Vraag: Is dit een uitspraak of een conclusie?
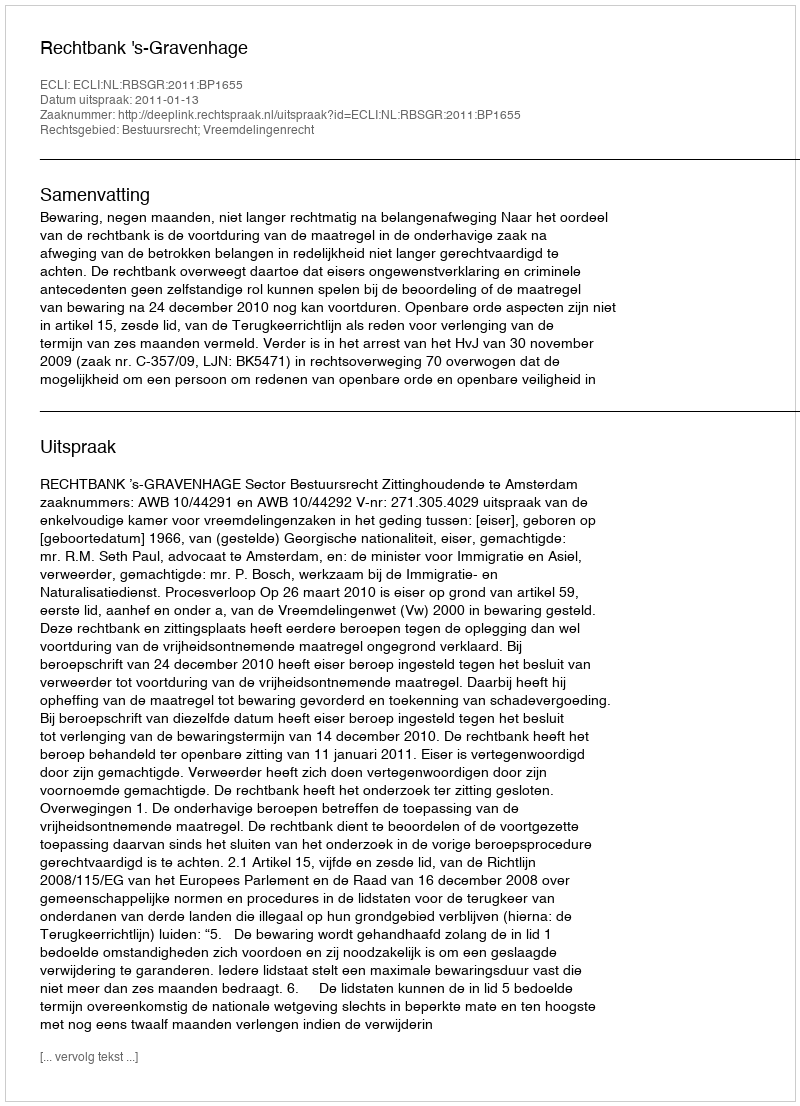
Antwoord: Uitspraak